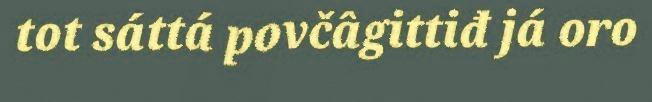
tot sáttá povčâgittiđ já oro